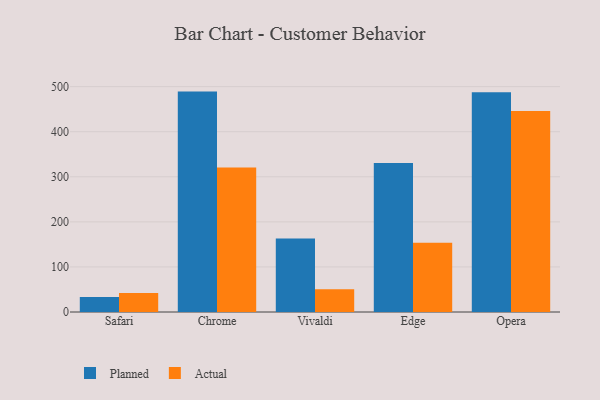
{"axis": {"x": "Browser", "y": "Budget (USD K)"}, "legend": ["Actual", "Planned"], "data": [{"x": "Safari", "y": 33.3, "type": "Planned"}, {"x": "Safari", "y": 42.3, "type": "Actual"}, {"x": "Chrome", "y": 489.0, "type": "Planned"}, {"x": "Chrome", "y": 320.4, "type": "Actual"}, {"x": "Vivaldi", "y": 163.3, "type": "Planned"}, {"x": "Vivaldi", "y": 50.2, "type": "Actual"}, {"x": "Edge", "y": 330.4, "type": "Planned"}, {"x": "Edge", "y": 153.6, "type": "Actual"}, {"x": "Opera", "y": 487.6, "type": "Planned"}, {"x": "Opera", "y": 445.9, "type": "Actual"}]}